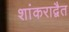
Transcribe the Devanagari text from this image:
शांकराद्वैत